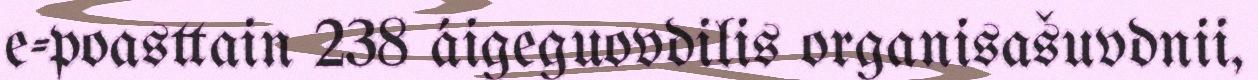
e-poasttain 238 áigeguovdilis organisašuvdnii,